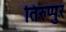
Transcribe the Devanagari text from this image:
तिरुप्पुर